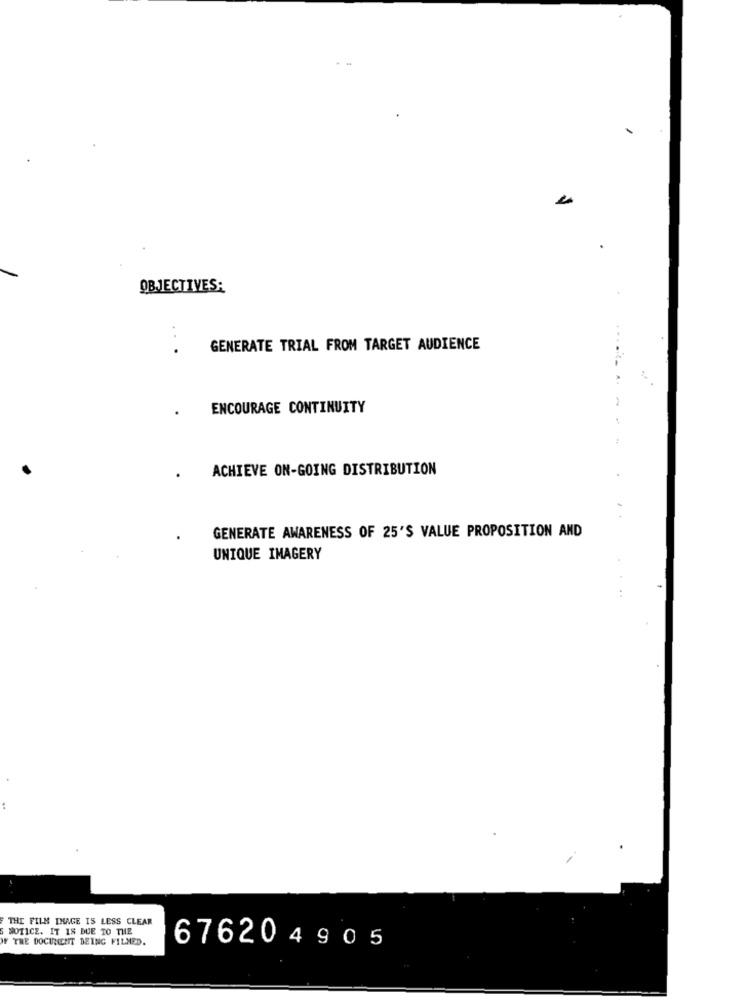
OBJECTIVES:
..
GENERATE TRIAL FROM TARGET AUDIENCE
.....
ENCOURAGE CONTINUITY
ACHIEVE ON-GOING DISTRIBUTION
GENERATE AWARENESS OF 25'S VALUE PROPOSITION AND
UNIQUE IMAGERY
THE FILM INAGE IS LESS CLEAR
NOTICE. IT IS DUE TO THE
IF THE DOCUMENT DEING FILMED.
676204905